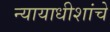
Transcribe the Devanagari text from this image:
न्यायाधीशांचे